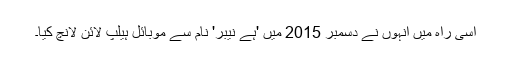
اسی راہ میں انہوں نے دسمبر 2015 میں 'ہے نیبر' نام سے موبائل ہیلپ لائن لانچ کیا۔